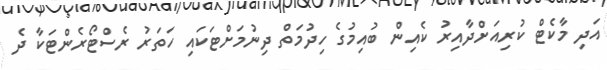
އަދި މާކެޓް ކުރިއަށްދާއިރު ކެއިން ބުއިމުގެ ހިދުމަތް ދިނުމަށްޓަކައި ހަތަރު ރެސްޓޯރެންޓަކާ ދެ